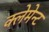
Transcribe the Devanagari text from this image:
क्लेमेन्ट